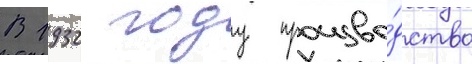
В 1932 году произво́дство